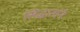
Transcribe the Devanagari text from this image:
सिद्धातांने